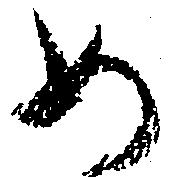
め